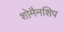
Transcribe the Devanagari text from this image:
शोमैनशिप